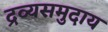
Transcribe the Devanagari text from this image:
द्रव्यसमुदाय